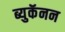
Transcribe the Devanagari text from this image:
ब्युकॅनन